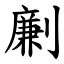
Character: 劆